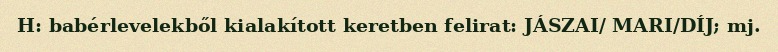
H: babérlevelekből kialakított keretben felirat: JÁSZAI/ MARI/DÍJ; mj.